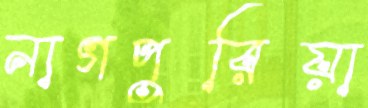
নাগপুরিয়া